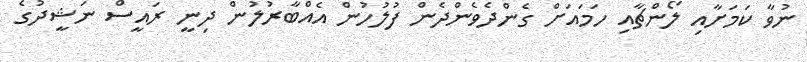
ނުވާ ކަމަށާއި ލޯންޗާއި ހަމައަށް ގެންދެވެންދެން ފުލުހުން އެއްބާރުލުން ދިނީ ރައީސް ނަޝީދުގެ